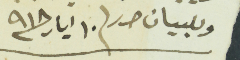
وللبيان حرر / ١٠ ايار سنة ٩١٨